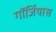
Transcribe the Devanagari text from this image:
गॉर्जियास